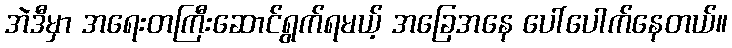
အဲဒီမှာ အရေးတကြီးဆောင်ရွက်ရမယ့် အခြေအနေ ပေါ်ပေါက်နေတယ်။